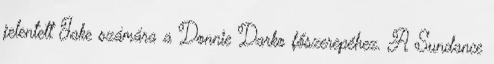
jelentett Jake számára a Donnie Darko főszerepéhez. A Sundance